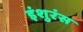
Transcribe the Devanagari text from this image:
इंशुरंस